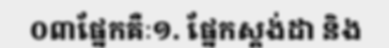
០៣ផ្នែកគឺៈ១. ផ្នែកស្តង់ដា និង